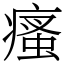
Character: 瘙